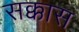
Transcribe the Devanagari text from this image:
सक्कास